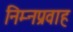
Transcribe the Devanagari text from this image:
निम्नप्रवाह